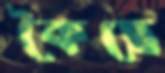
কৈছে